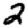
Digit: 2